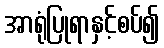
အာရုံပြုရာနှင့်စပ်၍